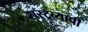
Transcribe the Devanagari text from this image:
रास्ट्रव्यापी